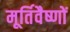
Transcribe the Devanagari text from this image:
मूर्तिवैष्णों